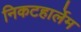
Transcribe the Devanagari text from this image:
निकटहार्लेम